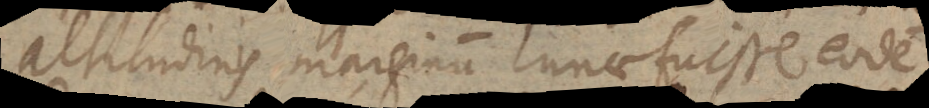
altitudinis marginum lunae fuisse eodem